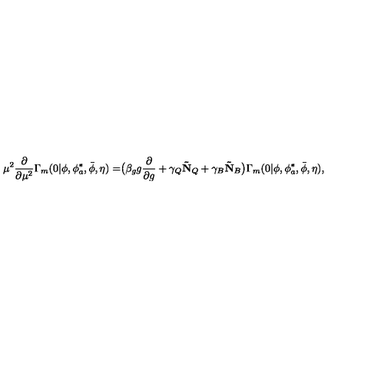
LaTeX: \mu ^ { 2 } \frac { \partial } { \partial \mu ^ { 2 } } \Gamma _ { m } ( 0 | \phi , \phi _ { a } ^ { * } , \bar { \phi } , \eta ) = \bigr ( \beta _ { g } g \frac { \partial } { \partial g } + \gamma _ { Q } \mathbf { \tilde { N } } _ { Q } + \gamma _ { B } \mathbf { \tilde { N } } _ { B } \bigr ) \Gamma _ { m } ( 0 | \phi , \phi _ { a } ^ { * } , \bar { \phi } , \eta ) ,